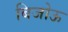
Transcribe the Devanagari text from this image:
बिजोऊ